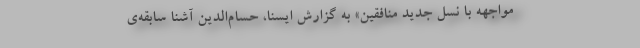
مواجهه با نسل جدید منافقین» به گزارش ایسنا، حسام‌الدین آشنا سابقه‌ی